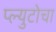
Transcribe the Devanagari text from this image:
प्ल्युटोचा